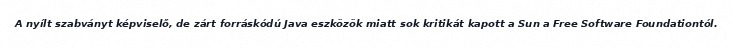
A nyílt szabványt képviselő, de zárt forráskódú Java eszközök miatt sok kritikát kapott a Sun a Free Software Foundationtól.